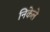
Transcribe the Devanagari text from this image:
निकेले